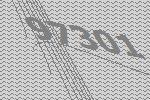
97301